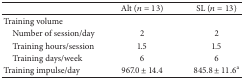
<table><thead><tr><td><b> </b></td><td><b>Alt (<i>n</i> = 13)</b></td><td><b>SL (<i>n</i> = 13)</b></td></tr></thead><tbody><tr><td>Training volume</td><td> </td><td> </td></tr><tr><td> Number of session/day </td><td>2</td><td>2</td></tr><tr><td> Training hours/session</td><td>1.5</td><td>1.5</td></tr><tr><td> Training days/week</td><td>6</td><td>6</td></tr><tr><td>Training impulse/day</td><td>967.0 ± 14.4</td><td>845.8 ± 11.6<sup>a</sup></td></tr></tbody></table>